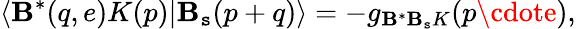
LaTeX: \langle\mathbf{B}^{\ast}(q,e)K(p)|\mathbf{B}_{\mathtt{s}}(p+q)\rangle=-g_{\mathbf{B}^{\ast}\mathbf{B}_{\mathtt{s}}K}(p\cdote),